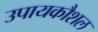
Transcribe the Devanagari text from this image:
उपायकौशल